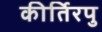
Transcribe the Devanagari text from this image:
कीर्तिरपु